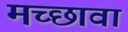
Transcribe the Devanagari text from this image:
मच्छावा